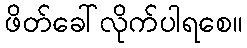
ဖိတ်ခေါ်လိုက်ပါရစေ။